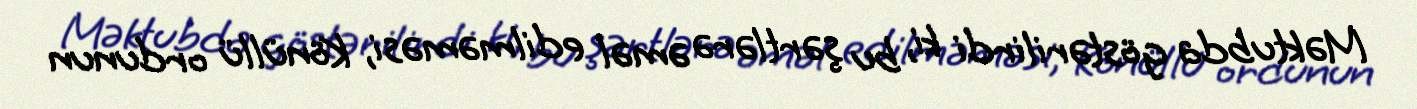
Məktubda göstərilirdi ki, bu şərtlərə əməl edilməməsi, Könüllü ordunun